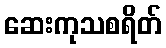
ဆေးကုသစရိတ်